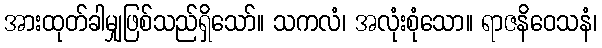
အားထုတ်ခါမျှဖြစ်သည်ရှိသော်။ သကလံ၊ အလုံးစုံသော။ ရာဇနိဝေသနံ၊